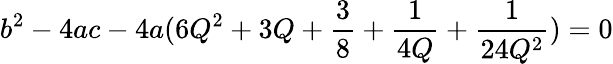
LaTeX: b^{2}-4ac-4a(6Q^{2}+3Q+\frac{3}{8}+\frac{1}{4Q}+\frac{1}{24Q^{2}})=0